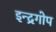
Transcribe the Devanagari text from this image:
इन्द्रगोप